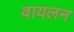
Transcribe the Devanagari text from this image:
वायलन